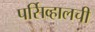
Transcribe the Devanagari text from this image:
पर्सिव्हालची